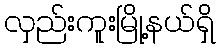
လှည်းကူးမြို့နယ်ရှိ